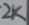
Text: 2K